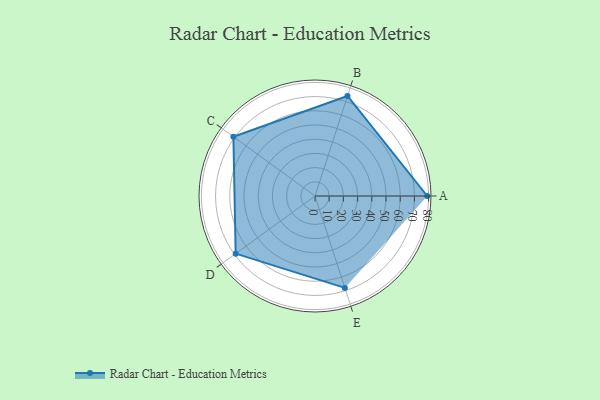
{"axis": {"x": "Skill", "y": "Score"}, "legend": ["Profile"], "data": [{"x": "A", "y": 79.0, "type": "Profile"}, {"x": "B", "y": 74.0, "type": "Profile"}, {"x": "C", "y": 71.0, "type": "Profile"}, {"x": "D", "y": 69.0, "type": "Profile"}, {"x": "E", "y": 68.0, "type": "Profile"}]}